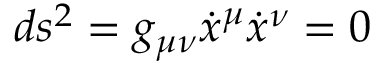
d s ^ { 2 } = g _ { \mu \nu } \dot { x } ^ { \mu } \dot { x } ^ { \nu } = 0